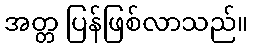
အတ္တ ပြန်ဖြစ်လာသည်။